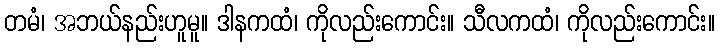
တမံ၊ အဘယ်နည်းဟူမူ။ ဒါနကထံ၊ ကိုလည်းကောင်း။ သီလကထံ၊ ကိုလည်းကောင်း။